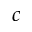
c